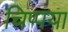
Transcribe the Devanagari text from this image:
चिप्पया